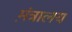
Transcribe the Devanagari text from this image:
म़ंत्रालय